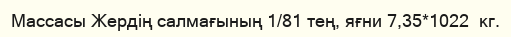
Массасы Жердің салмағының 1/81 тең, яғни 7,35*1022  кг.